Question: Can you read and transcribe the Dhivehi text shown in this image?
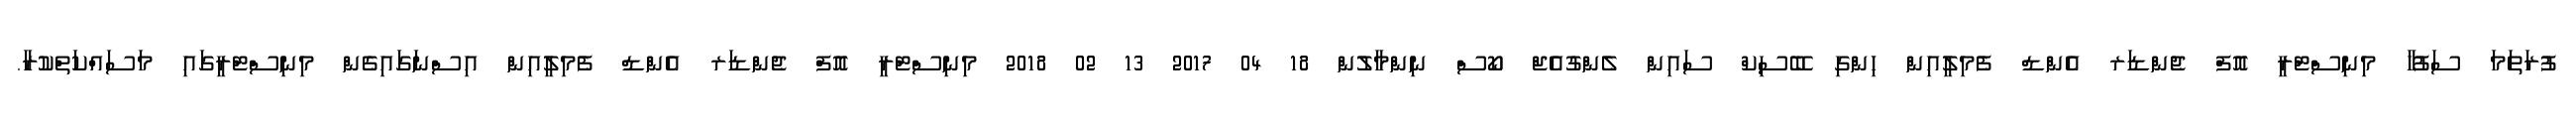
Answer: ފުރަތަމަ ސަފުހާ މިނިސްޓްރީ އޮފް ޖެންޑަރ އެންޑް ފެމިލީއިން ހިންގި ބޭސިކް ސައިން ލެންގުއެޖް ކޯސް ނިންމާލުން 18 04 2017 13 02 2018 މިނިސްޓްރީ އޮފް ޖެންޑަރ އެންޑް ފެމިލީއިން އިސްނަގައިގެން މިނިސްޓްރީގައި މަސައްކަތްކުރާ.